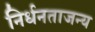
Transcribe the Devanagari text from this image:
निर्धनताजन्य